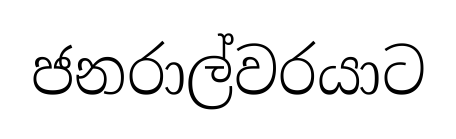
ජනරාල්වරයාට